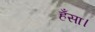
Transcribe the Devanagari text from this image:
हँसा।